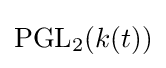
\mathrm {PGL} _{2}(k(t))